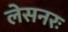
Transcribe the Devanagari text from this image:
लेसनरः